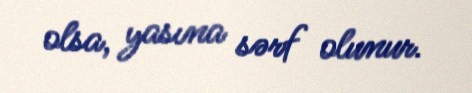
olsa, yasına sərf olunur.